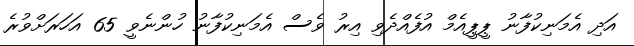
އަދި އެމަނިކުފާނު ޕީޕީއެމް އުފެއްދެވި އިރު ވެސް އެމަނިކުފާނު ހުންނެވީ 65 އަހަރަށްވުރެ